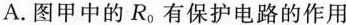
A.图甲中的R_{0}有保护电路的作用